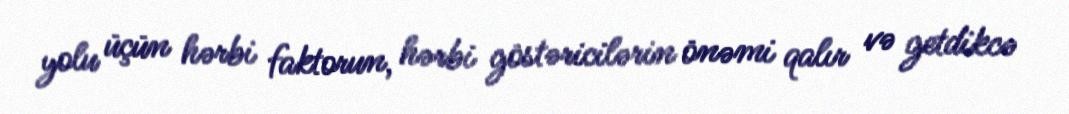
yolu üçün hərbi faktorun, hərbi göstəricilərin önəmi qalır və getdikcə